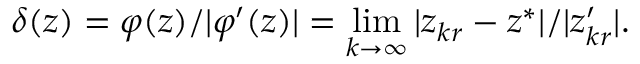
\delta ( z ) = \varphi ( z ) / | \varphi ^ { \prime } ( z ) | = \operatorname* { l i m } _ { k \to \infty } | z _ { k r } - z ^ { * } | / | z _ { k r } ^ { \prime } | .